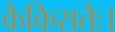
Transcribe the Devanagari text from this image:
कैकिरातैः।